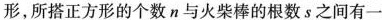
形，所搭正方形的个数n与火柴棒的根数s之间有一